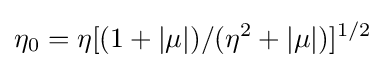
\eta _{0}=\eta [(1+|\mu |)/(\eta ^{2}+|\mu |)]^{1/2}